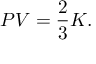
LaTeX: \displaystyle P V = { \frac { 2 } { 3 } } K .